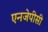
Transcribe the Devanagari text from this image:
एनजेपीसी